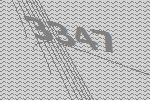
3347